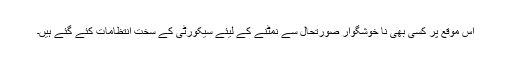
اس موقع پر کسی بھی نا خوشگوار صورتحال سے نمٹنے کے لیئے سیکورٹی کے سخت انتظامات کئے گئے ہیں۔